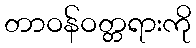
တာဝန်ဝတ္တရားကို